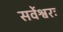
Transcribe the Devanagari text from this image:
सर्वेश्वरः